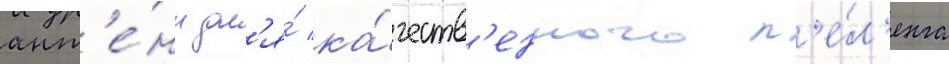
ант'е́нн дл'я́ ка́честв'енного п'е́л'енга